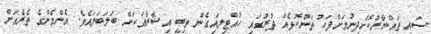
ސައި ތައްޔާރުކޮށްދިނުމަށްފަހު ތަންކޮޅެއް ދުރުގައި ހުއްޓިލައިގެން ތިބީ އިޝާރާތަކަށް ބަލަބަލައެވެ. އެންމެންގެ ތެރެއަށް